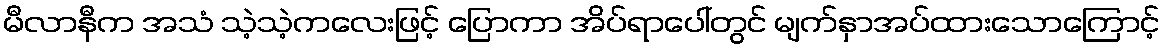
မီလာနီက အသံ သဲ့သဲ့ကလေးဖြင့် ပြောကာ အိပ်ရာပေါ်တွင် မျက်နှာအပ်ထားသောကြောင့်